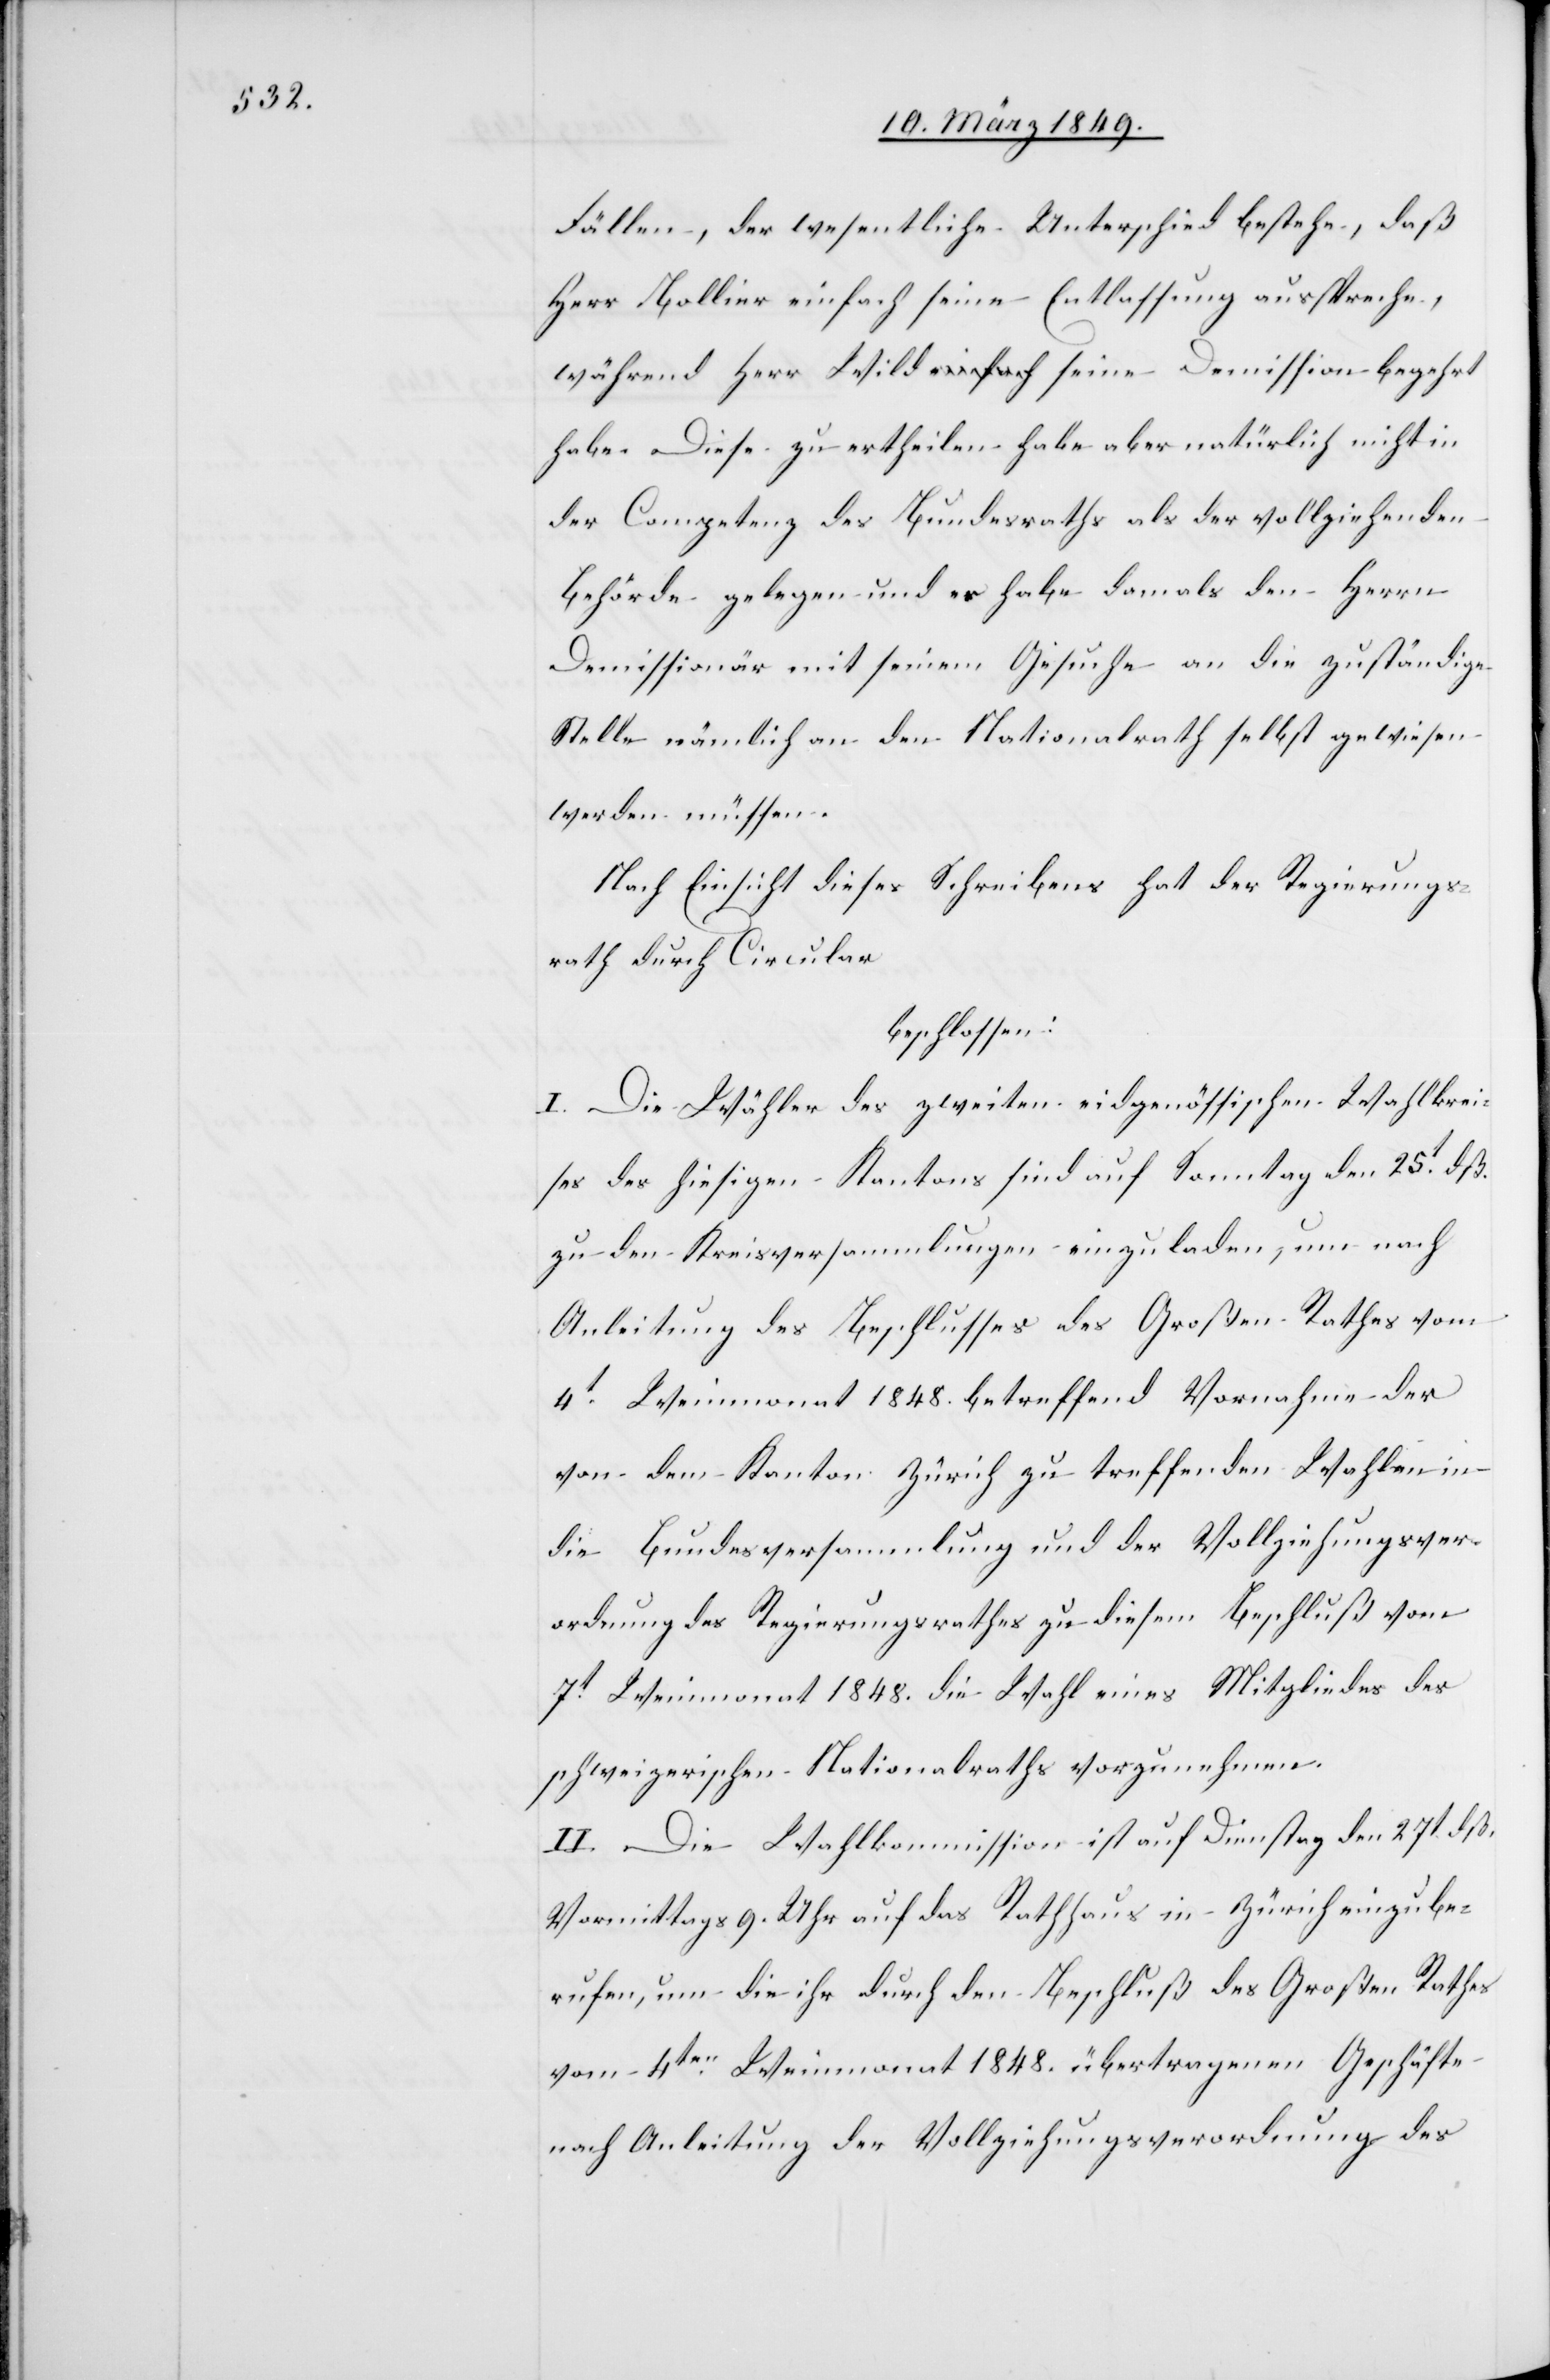
Fällen, der wesentliche Unterschied bestehe, daß
Herr Bollier einfach seine Entlassung ausspreche,
während Herr Wild seine Demission begehrt
habe. Diese zu ertheilen habe aber natürlich nicht in
der Competenz des Bundesraths als der vollziehenden
Behörde gelegen und es habe damals den Herrn
Demissonär mit seinem Gesuche an die zuständige
Stelle nämlich an den Nationalrath selbst gewiesen
werden müssen.
Nach Einsicht dieses Schreibens hat der Regierungs¬
rath durch Circular
beschlossen:
I. Die Wähler des zweiten eidgenössischen Wahlkrei¬
ses des hiesigen Kantons sind auf Sonntag den 25t. dß.
zu den Kreisversammlungen einzuladen, um nach
Anleitung des Beschlusses des Großen Rathes vom
4t. Weinmonat 1848. betreffend Vornahme der
von dem Kanton Zürich zu treffenden Wahlen in
die Bundesversammlung und der Vollziehungsver¬
ordnung des Regierungsrathes zu diesem Beschluß vom
7t. Weinmonat 1848. die Wahl eines Mitgliedes des
schweizerischen Nationalraths vorzunehmen.
II. Die Wahlkommission ist auf Dienstag den 27t. dß.
Vormittags 9. Uhr auf das Rathhaus in Zürich einzube¬
rufen, um die ihr durch den Beschluß des Großen Rathes
vom 4ten. Weinmonat 1848. übertragenen Geschäfte
nach Anleitung der Vollziehungsverordnung des